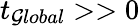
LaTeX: t_{\mathcal{G}lobal}>>0